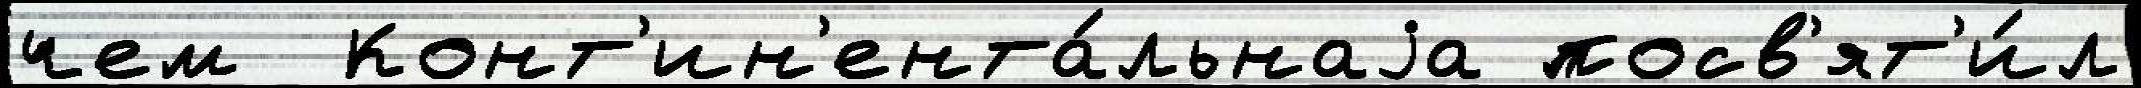
чем  Конт'ин'ента́льнаjа посв'ят'и́л